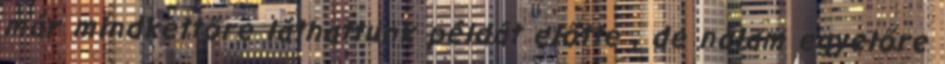
már mindkettőre láthattunk példát előtte , de nálam egyelőre